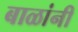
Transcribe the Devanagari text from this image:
बाळांनी